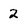
Character: 2